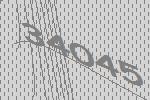
34045